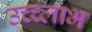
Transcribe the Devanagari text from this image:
उच्च्लाभ